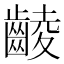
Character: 𪘵